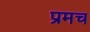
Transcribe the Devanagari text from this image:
प्रमच